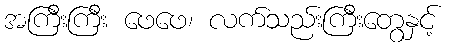
အကြီးကြီး ဖေဖေ၊ လက်သည်းကြီးတွေနှင့်